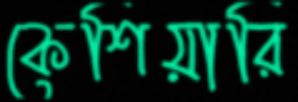
কেশিয়ারি